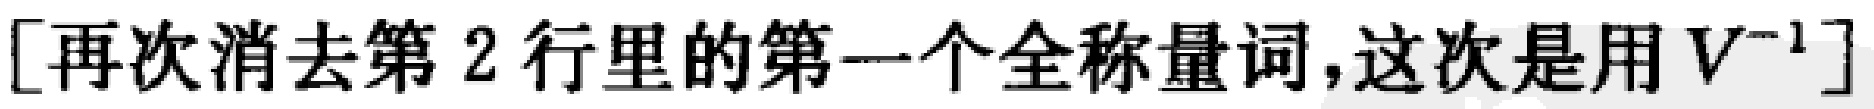
[再次消去第 2 行里的第一个全称量词,这次是用 \(V^{-1}\)]